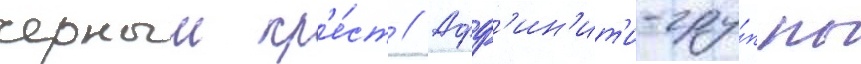
черныи кр'е́ст // Афф'ин'ит'и-гру́ппы